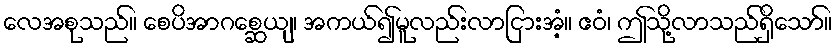
လေအစုသည်။ စေပိအာဂစ္ဆေယျ၊ အကယ်၍မူလည်းလာငြားအံ့။ ဧဝံ၊ ဤသို့လာသည်ရှိသော်။